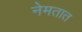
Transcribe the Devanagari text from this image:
नेमतात